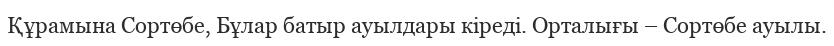
Құрамына Сортөбе, Бұлар батыр ауылдары кіреді. Орталығы – Сортөбе ауылы.